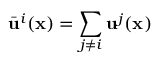
\bar { \mathbf { u } } ^ { i } ( \mathbf { x } ) = \sum _ { j \neq i } \mathbf { u } ^ { j } ( \mathbf { x } )